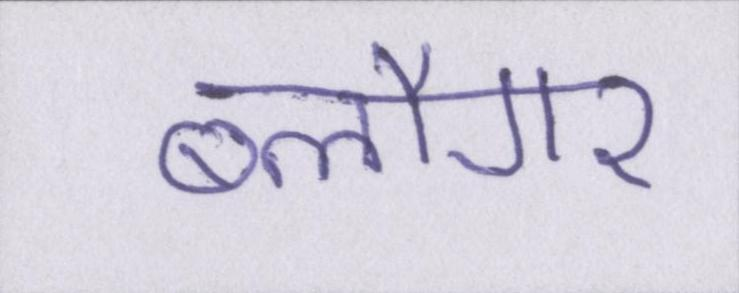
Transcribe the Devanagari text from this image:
ब्लौगर